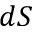
d S